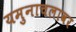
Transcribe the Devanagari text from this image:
यमुनाचलावर